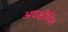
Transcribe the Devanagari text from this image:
अवक्षीपित